Treatise on elephants
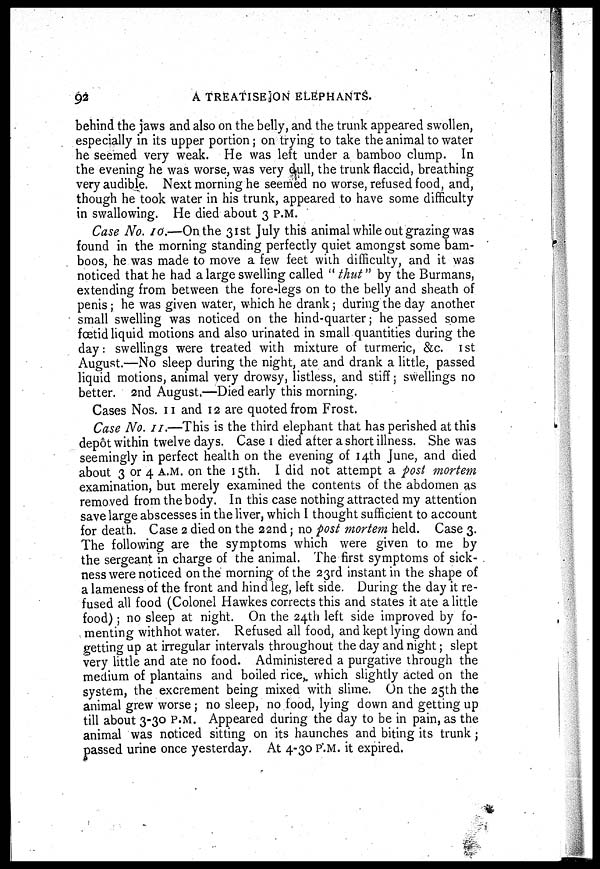
92
A TREATISE ON ELEPHANTS.
behind the jaws and also on the belly, and the trunk appeared swollen,
especially in its upper portion; on trying to take the animal to water
he seemed very weak. He was left under a bamboo clump. In
the evening he was worse, was very dull, the trunk flaccid, breathing
very audible. Next morning he seemed no worse, refused food, and,
though he took water in his trunk, appeared to have some difficulty
in swallowing. He died about 3 P.M.
Case No. 10.—On the 31st July this animal while out grazing was
found in the morning standing perfectly quiet amongst some bam-
boos, he was made to move a few feet with difficulty, and it was
noticed that he had a large swelling called "thut" by the Burmans,
extending from between the fore-legs on to the belly and sheath of
penis; he was given water, which he drank; during the day another
small swelling was noticed on the hind-quarter; he passed some
fœtid liquid motions and also urinated in small quantities during the
day: swellings were treated with mixture of turmeric, &c. 1st
August.—No sleep during the night, ate and drank a little, passed
liquid motions, animal very drowsy, listless, and stiff; swellings no
better. 2nd August.—Died early this morning.
Cases Nos. 11 and 12 are quoted from Frost.
Case No. 11.—This is the third elephant that has perished at this
depot within twelve days. Case 1 died after a short illness. She was
seemingly in perfect health on the evening of 14th June, and died
about 3 or 4 A.M. on the 15th. I did not attempt a post mortem
examination, but merely examined the contents of the abdomen as
removed from the body. In this case nothing attracted my attention
save large abscesses in the liver, which I thought sufficient to account
for death. Case 2 died on the 22nd; no post mortem held. Case 3.
The following are the symptoms which were given to me by
the sergeant in charge of the animal. The first symptoms of sick-
ness were noticed on the morning of the 23rd instant in the shape of
a lameness of the front and hind leg, left side. During the day it re-
fused all food (Colonel Hawkes corrects this and states it ate a little
food) ; no sleep at night. On the 24th left side improved by fo-
menting withhot water. Refused all food, and kept lying down and
getting up at irregular intervals throughout the day and night; slept
very little and ate no food. Administered a purgative through the
medium of plantains and boiled rice, which slightly acted on the
system, the excrement being mixed with slime. On the 25th the
animal grew worse ; no sleep, no food, lying down and getting up
till about 3-30 P.M. Appeared during the day to be in pain, as the
animal was noticed sitting on its haunches and biting its trunk ;
passed urine once yesterday. At 4-30 P.M. it expired.